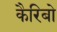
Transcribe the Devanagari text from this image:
कैरिबो